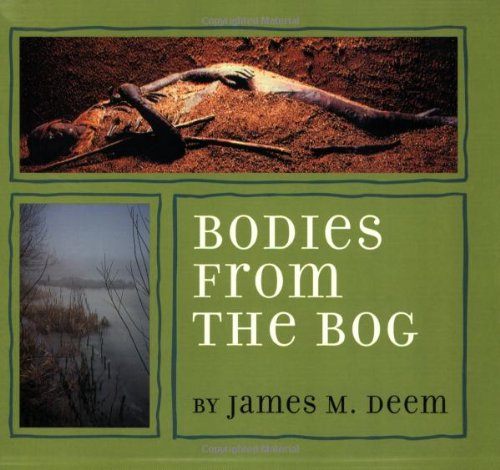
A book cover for Bodies from the Bog; James M. Deem; Children's Books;